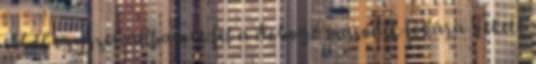
ebből egyszer állhatott fel a dobogó második fokára Fekete